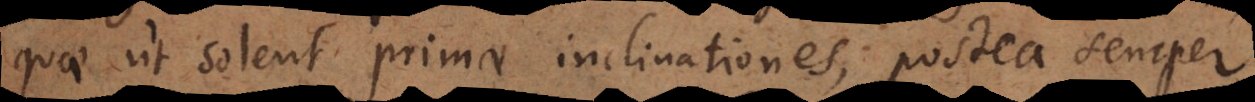
quae ut solent primae inclinationes, postea semper